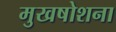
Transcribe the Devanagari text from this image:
मुखषोशना